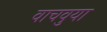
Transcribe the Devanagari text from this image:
वाचवुया